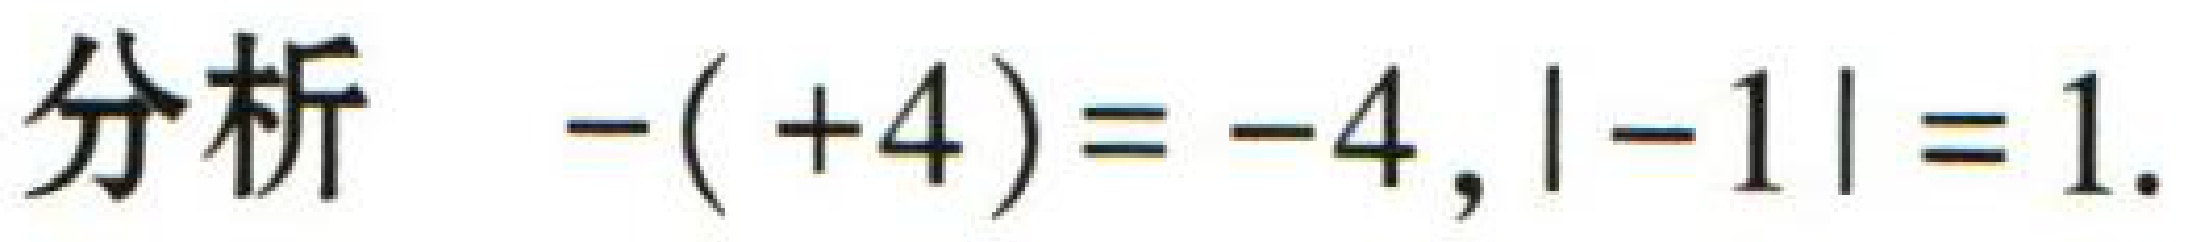
分析 \(-( +4)= -4, | -1| =1\)